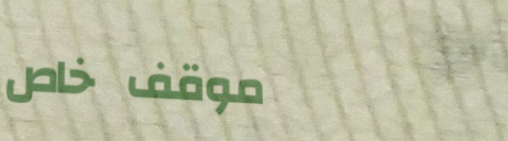
موقف خاص